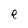
Character: e